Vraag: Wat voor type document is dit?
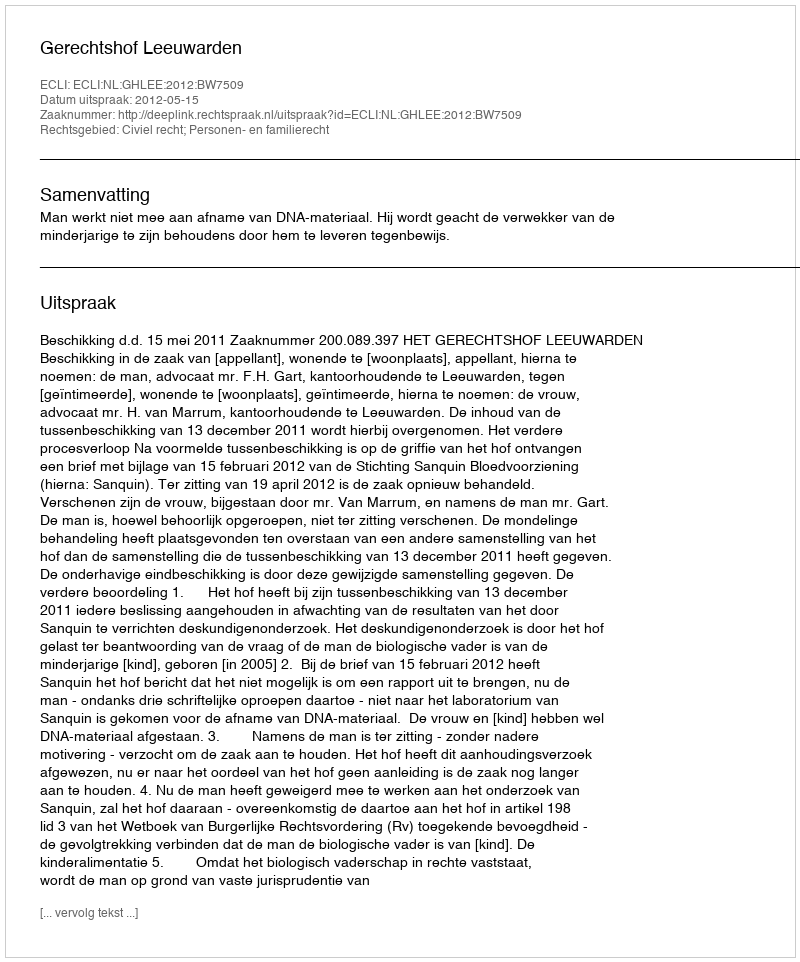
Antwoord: Uitspraak